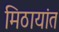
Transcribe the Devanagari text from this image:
मिठायांत